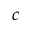
c